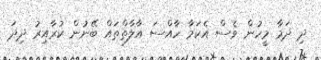
ދި ދަމާ މީހުން ވެސް އެކަމާ ހާއްސަ އާލާތްތައް ބޭނުން ކުރާއިރު ދިދަ